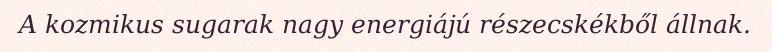
A kozmikus sugarak nagy energiájú részecskékből állnak.